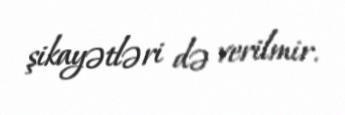
şikayətləri də verilmir.